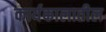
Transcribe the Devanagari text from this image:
कार्यकालातील